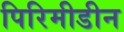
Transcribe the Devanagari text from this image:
पिरिमीडीन